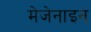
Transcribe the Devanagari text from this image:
मेजेनाइन